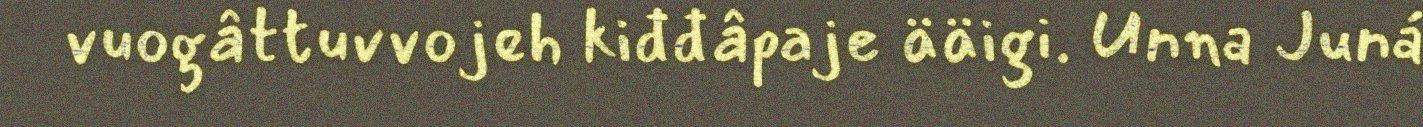
vuogâttuvvojeh kiđđâpaje ääigi. Unna Juná